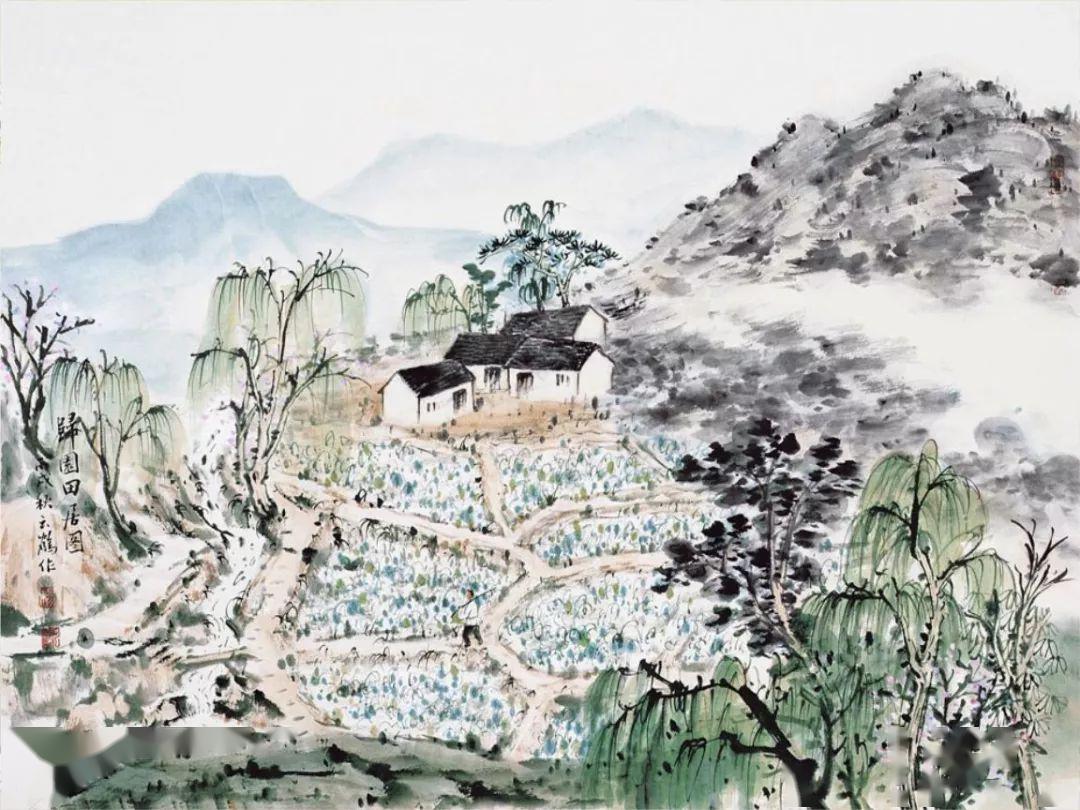
久在樊笼里，复得返自然。